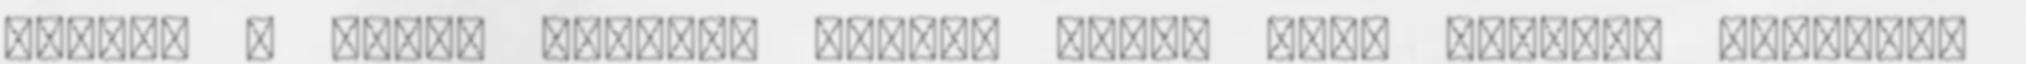
derbin a Leafs győztes gólját végül Dave Bolland szerezte